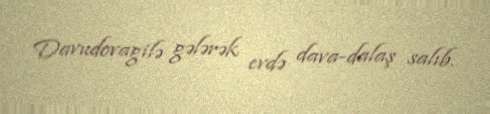
Davudovagilə gələrək evdə dava-dalaş salıb.